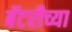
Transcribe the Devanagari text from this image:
बॅटरीच्या